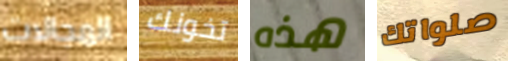
المجالات تخونك هذه صلواتك